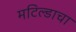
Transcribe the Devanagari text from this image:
मटिल्डाचा